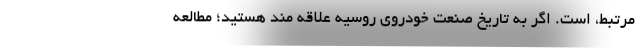
مرتبط، است. اگر به تاریخ صنعت خودروی روسیه علاقه مند هستید؛ مطالعه